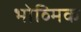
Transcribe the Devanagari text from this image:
भोव्मिक